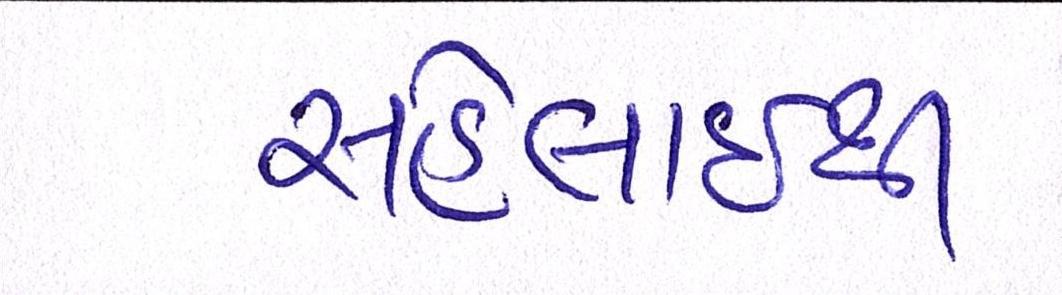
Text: સહેલાઇથી